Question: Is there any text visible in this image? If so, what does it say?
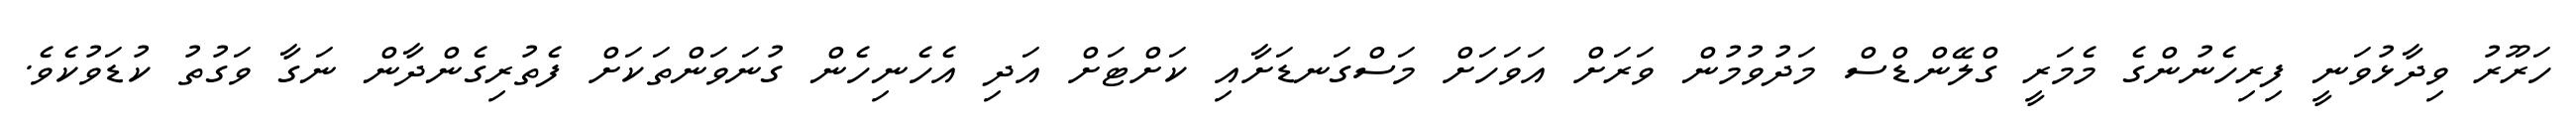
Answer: ހަރޫރު ވިދާޅުވަނީ ފިރިހެނުންގެ މެމަރީ ގްލޭންޑްސް މަދުވުމުން ވަރަށް އަވަހަށް މަސްގަނޑަށާއި ކަށްޓަށް އަދި އެހެނިހެން ގުނަވަންތަކަށް ފެތުރިގެންދާން ނަގާ ވަގުތު ކުޑަވުކެވެ.